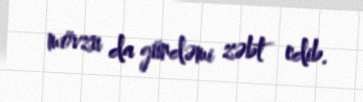
mövzu da gündəmi zəbt edib.